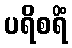
ပရိစရိံ